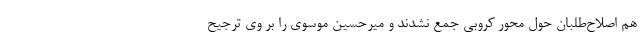
هم اصلاح‌طلبان حول محور کروبی جمع نشدند و میرحسین موسوی را بر وی ترجیح